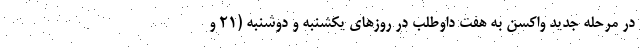
در مرحله جدید واکسن به هفت داوطلب در روزهای یکشنبه و دوشنبه (۲۱ و